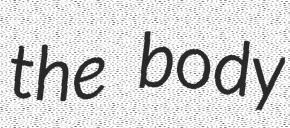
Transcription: the body